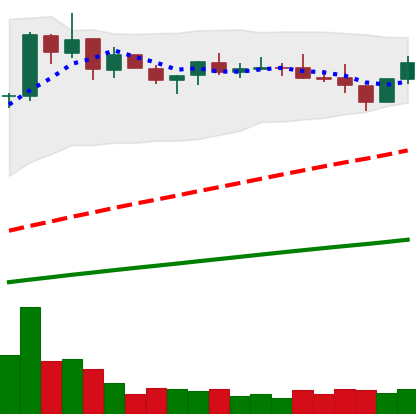
Ticker: BNB-USD
Chart end date: 2021-03-27
Forward return: 24.567%
Label: up_7plus